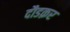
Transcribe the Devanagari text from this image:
दौडक़र